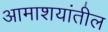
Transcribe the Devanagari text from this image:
आमाशयांतील